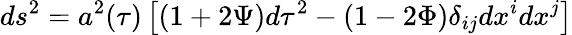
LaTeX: ds^{2}=a^{2}(\tau)\left[(1+2\Psi)d\tau^{2}-(1-2\Phi)\delta_{ij}dx^{i}dx^{j}\right]